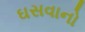
ઘસવાનો